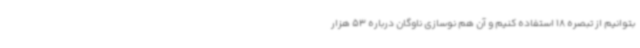
بتوانیم از تبصره 18 استفاده کنیم و آن هم نوسازی ناوگان درباره 53 هزار